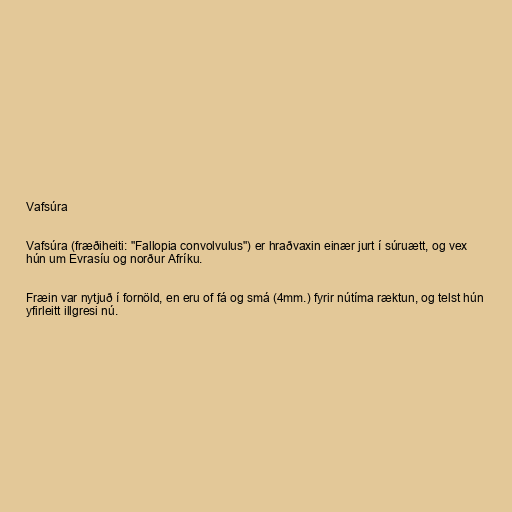
Vafsúra

Vafsúra (fræðiheiti: "Fallopia convolvulus") er hraðvaxin einær jurt í súruætt, og vex
hún um Evrasíu og norður Afríku.

Fræin var nytjuð í fornöld, en eru of fá og smá (4mm.) fyrir nútíma ræktun, og telst hún
yfirleitt illgresi nú.